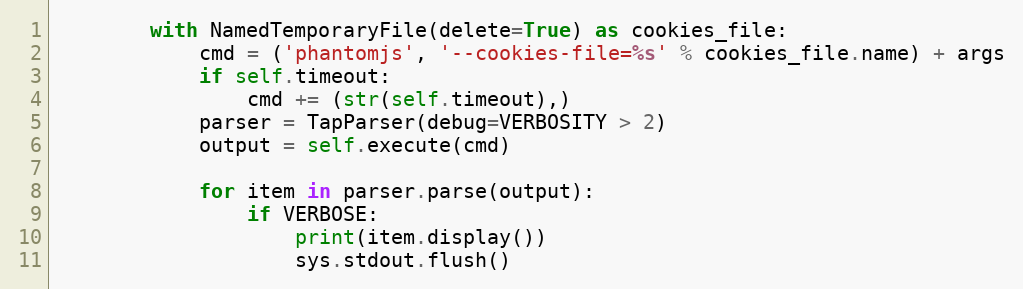
Language: Python
        with NamedTemporaryFile(delete=True) as cookies_file:
            cmd = ('phantomjs', '--cookies-file=%s' % cookies_file.name) + args
            if self.timeout:
                cmd += (str(self.timeout),)
            parser = TapParser(debug=VERBOSITY > 2)
            output = self.execute(cmd)

            for item in parser.parse(output):
                if VERBOSE:
                    print(item.display())
                    sys.stdout.flush()